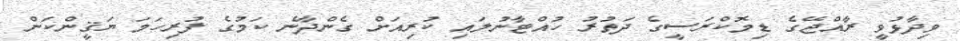
ވިދާޅުވީ ރާއްޖޭގެ ޑިމޮކްރަސީގެ ދަތުރު ހުއްޓާނުލައި ކުރިއަށް ގެންދާނެ ކަމުގެ ފުރިހަމަ ޔަޤީންކަން